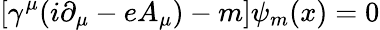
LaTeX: \left[\gamma^{\mu}(i\partial_{\mu}-eA_{\mu})-m\right]\psi_{m}(x)=0